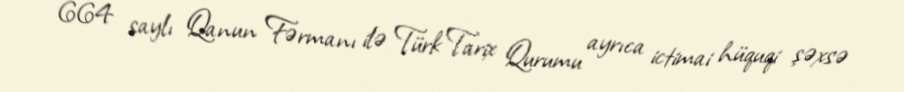
664 saylı Qanun Fərmanı ilə Türk Tarix Qurumu ayrıca ictimai hüquqi şəxsə